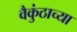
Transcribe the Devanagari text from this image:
वैकुंठाच्या